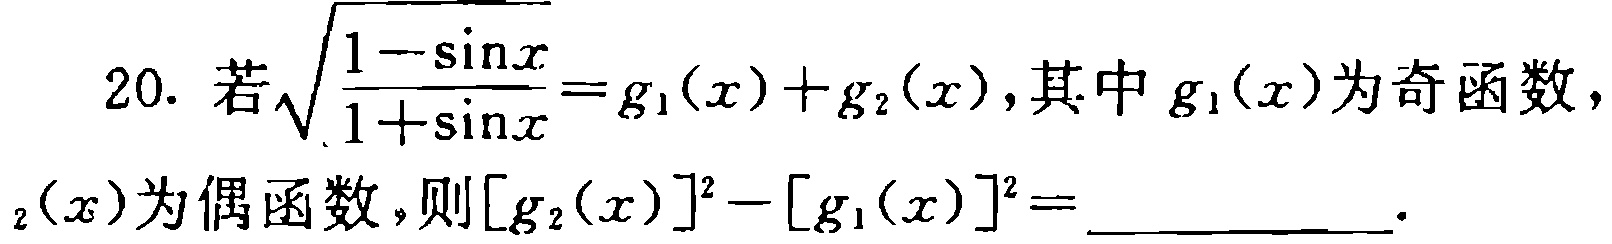
20. 若$\sqrt{\frac{1 - \sin x}{1 + \sin x}} = g_1(x) + g_2(x)$,其中$g_1(x)$为奇函数，$g_2(x)$为偶函数，则$[g_2(x)]^2 - [g_1(x)]^2 =$ ____________.